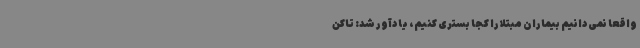
واقعاً نمی‌دانیم بیماران مبتلا را کجا بستری کنیم، یادآور شد: تاکن